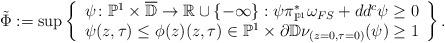
LaTeX: \begin{align*}\tilde{\Phi} :=\sup \left\{\begin{array}{c}\psi \colon \mathbb P^1\times \overline{\mathbb D}\to \mathbb R\cup \{-\infty\} : \psi \pi_{\mathbb P^1}^*\omega_{FS} + dd^c\psi\ge 0 \\ \psi(z,\tau)\le \phi(z) (z,\tau)\in \mathbb P^1\times \partial \mathbb D \nu_{(z=0,\tau=0)}(\psi)\ge 1\end{array}\right\}.\end{align*}